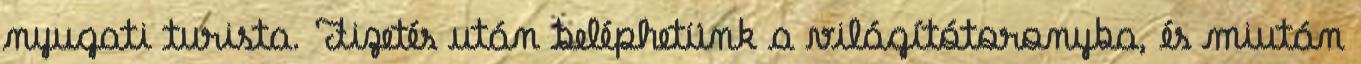
nyugati turista. Fizetés után beléphetünk a világítótoronyba, és miután